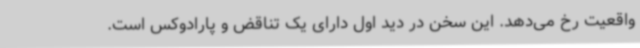
واقعیت رخ می‌دهد. این سخن در دید اول دارای یک تناقض و پارادوکس است.